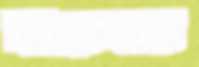
বীরেন্দ্রর